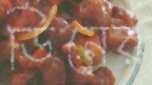
ডিনের